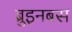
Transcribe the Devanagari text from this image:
ब्रुइनबस